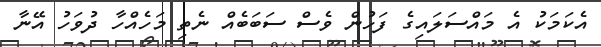
އެކަމަކު އެ މައްސަލައިގެ ފަހުން ވެސް ސަބަބެއް ނެތި މަހެއްހާ ދުވަހު އޭނާ